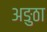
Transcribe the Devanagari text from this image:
अङुठा